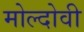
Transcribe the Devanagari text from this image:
मोल्दोवी